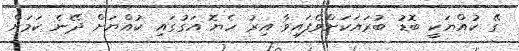
ގޭ ކުއްޔަކީ ބޮޑު ބުރައަކަށްވެފައިވާ އިރު ހެޔޮ އަގުގައި ކުއްޔަށް ދޭނެ ކަމަށް